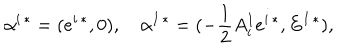
LaTeX: \alpha ^ { i \, * } = ( e ^ { i \, * } , 0 ) , \alpha ^ { I \, * } = ( - { \frac { 1 } { 2 } } A _ { i } ^ { I } e ^ { i \, * } , E ^ { I \, * } ) ,